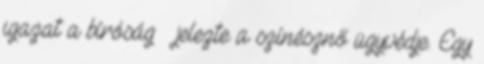
igazat a bíróság – jelezte a színésznő ügyvédje. Egy